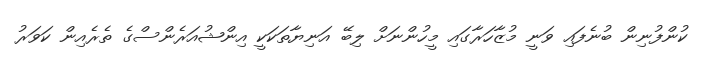
ކުންފުނިން ބުނެފައި ވަނީ މުޒާހަރާގައި މީހުންނަށް ލިބޭ އަނިޔާތަކަކީ އިންޝުއަރެންސްގެ ތެރެއިން ކަވަރު